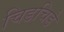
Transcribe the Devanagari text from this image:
चिडचिडे